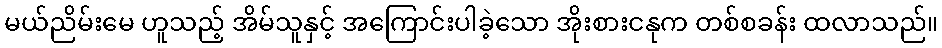
မယ်ညိမ်းမေ ဟူသည့် အိမ်သူနှင့် အကြောင်းပါခဲ့သော အိုးစားငနုက တစ်စခန်း ထလာသည်။